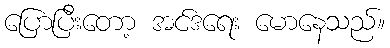
ပြောပြီးတော့ အင်ဒရေး မောနေသည်။